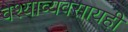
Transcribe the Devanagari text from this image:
वेश्याव्यवसायही